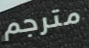
مترجم